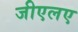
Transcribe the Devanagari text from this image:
जीएलए